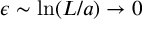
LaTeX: \epsilon \sim \mathrm { l n } ( L / a ) \to 0